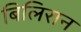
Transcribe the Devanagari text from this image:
बिलिरान